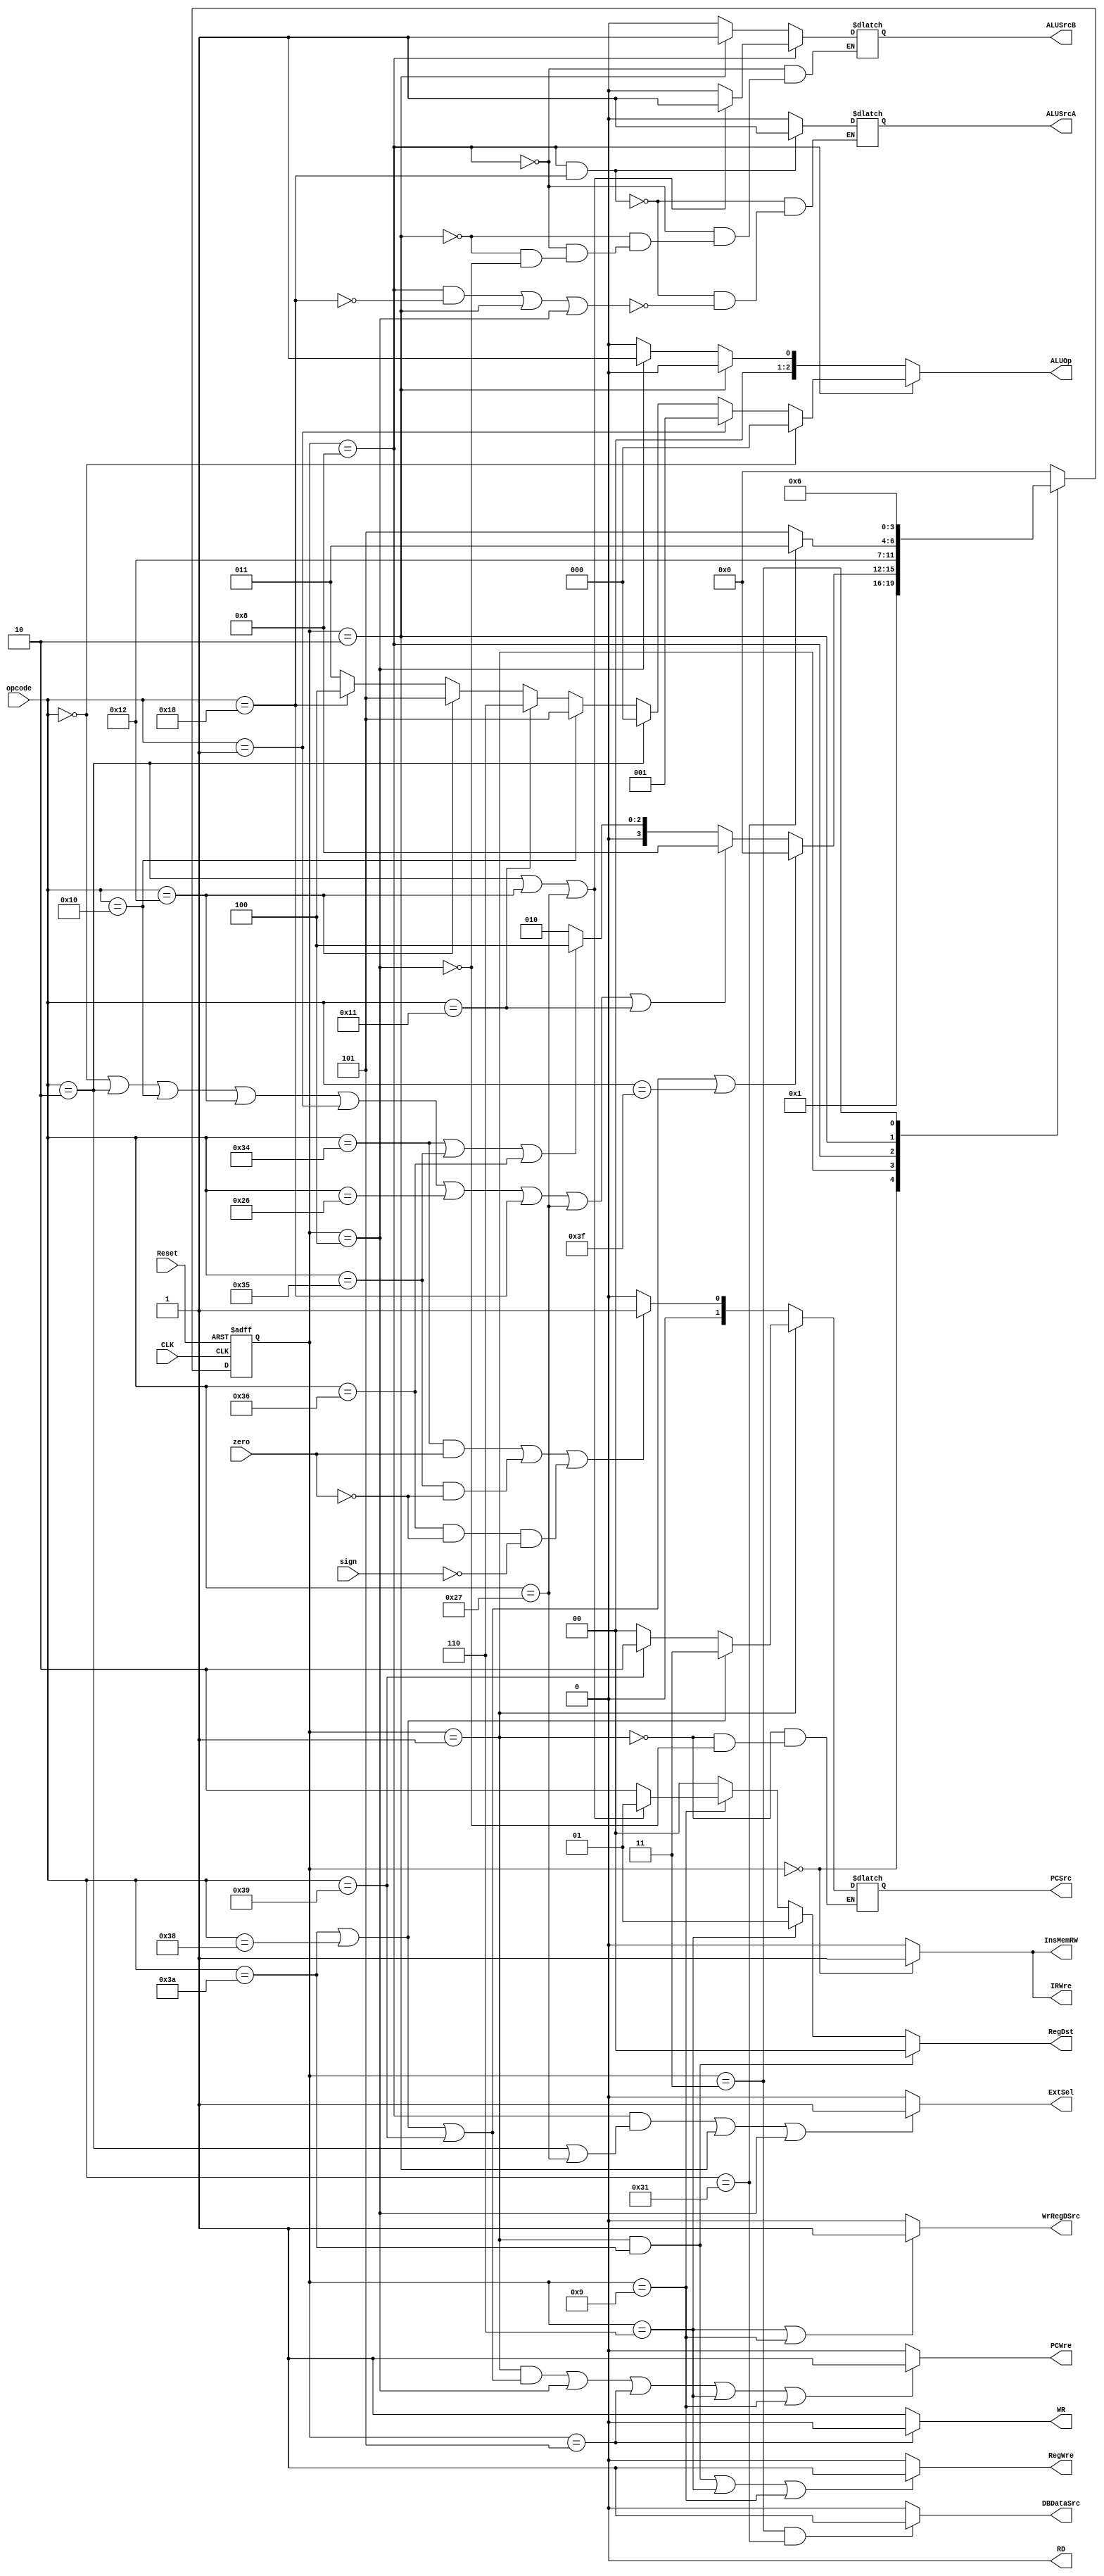
module ControlUnit(
	input wire Reset, sign, zero, CLK,
	input wire [5:0] opcode,
	output reg PCWre, ALUSrcA, ALUSrcB, DBDataSrc, RegWre, 
		WrRegDSrc, InsMemRW, RD, WR, IRWre, ExtSel,
	output reg [1:0] PCSrc, RegDst,
	output reg [2:0] ALUOp
	);

parameter [3:0] sIF = 4'b0000,
                sID = 4'b0001,
                EAL = 4'b1000,
                EBR = 4'b0100,
                ELS = 4'b0010,
                MLD = 4'b0011,
                MST = 4'b0101,
                WAL = 4'b1001,
                WLD = 4'b0110;

reg [3:0] state_now, state_next;

wire addop, subop, addiop, orop, andop, oriop, sllop,
	sltop, sltiop, swop, lwop, beqop, bneop, bgtzop, jop, jrop,
	jalop, haltop;
assign addop = (opcode == 6'b000000);
assign subop = (opcode == 6'b000001);
assign addiop = (opcode == 6'b000010);
assign orop = (opcode == 6'b010000);
assign andop = (opcode == 6'b010001);
assign oriop = (opcode == 6'b010010);
assign sllop = (opcode == 6'b011000);
assign sltop = (opcode == 6'b100110);
assign sltiop = (opcode == 6'b100111);
assign swop = (opcode == 6'b110000);
assign lwop = (opcode == 6'b110001);
assign beqop = (opcode == 6'b110100);
assign bneop = (opcode == 6'b110101);
assign bgtzop = (opcode == 6'b110110);
assign jop = (opcode == 6'b111000);
assign jrop = (opcode == 6'b111001);
assign jalop = (opcode == 6'b111010);
assign haltop = (opcode == 6'b111111);

always @(posedge CLK or posedge Reset) begin
	if(1 == Reset)
		state_now = sIF;
	else 
		state_now = state_next;
end


always @(state_now or opcode) begin
	case(state_now)
		sIF: state_next = sID;
		sID: begin
			if (jop || jalop || jrop || haltop) begin
				state_next = sIF;
			end
			else if (addop || addiop || orop || oriop || subop ||
				sltop || sllop || sltiop || andop) begin
				state_next = EAL;	
			end
			else if (beqop || bneop || bgtzop) begin
				state_next = EBR;
			end
			else begin
				state_next = ELS;
			end
		end
		EAL: begin
			state_next = WAL;
		end
		EBR: begin
			state_next = sIF;
		end
		ELS: begin
			if (lwop) begin
				state_next = MLD;
			end
			else begin
				state_next = MST;
			end
		end
		MLD: begin
			state_next = WLD;
		end
		MST: begin
			state_next = sIF;
		end
		WLD: begin
			state_next = sIF;
		end
		WAL: begin
			state_next = sIF;
		end
		default: begin
			state_next = sIF;
		end
	endcase
end

always @(state_now or opcode or zero or sign) begin
//choose each signal respectively
	//PCWre
	if ((state_now == sID &&  (jalop || jop || jrop)) || state_now == EBR ||
		state_now == MST || state_now == WLD || 
		state_now == WAL)
		PCWre = 1;
	else 
		PCWre = 0;
	//ALUSrcA
	if (state_now == EAL && sllop)
		ALUSrcA = 1;
	else if ((state_now == EAL && !sllop) || state_now == ELS || state_now == EBR)
		ALUSrcA = 0;
	else 
	    ALUSrcA = ALUSrcA;	
	//ALUSrcB
	if (state_now == EAL) begin
	   if (addiop || oriop || sltiop)
	       ALUSrcB = 1;
	   else ALUSrcB = 0;
	end
	else if (state_now == ELS)
	    ALUSrcB = 1;
	else if (state_now == EBR)
	    ALUSrcB = 0;
	else 
		ALUSrcB = ALUSrcB;
	//DBDataSrc
	if (state_now == MLD && lwop)
		DBDataSrc = 1;
	else 
		DBDataSrc = 0;
	//RegWre
	if ((state_now == sID && jalop) || state_now == WLD ||
		state_now == WAL)
		RegWre = 1;
	else 
		RegWre = 0;
	//WrRegDSrc
	if (state_now == WLD || state_now == WAL)
		WrRegDSrc = 1;
	else 
		WrRegDSrc = 0;
	//InsMemRW
	if (state_now == sIF)
		InsMemRW = 1;
	else 
		InsMemRW = 0;
	//RD
	RD = 0;
	//WR
	if (state_now == MST)
		WR = 0;
	else 
		WR = 1;
	//IRWre
	if (state_now == sIF)
		IRWre = 1;
	else 
		IRWre = 0;
	//ExtSel
	if (state_now == EAL && (addiop || sltiop) ||
		state_now == ELS || state_now == EBR)
		ExtSel = 1;
	else 
		ExtSel = 0;
	//PCSrc
	if (state_now == sID) begin
		if (jop || jalop)
			PCSrc = 2'b11;
		else if (jrop)
			PCSrc = 2'b10;
		else 
			PCSrc = 2'b00;
	end
	else if (state_now == EBR) begin
		if ((beqop && zero == 1) || (bneop && zero == 0) || (bgtzop && zero==0 && sign == 0))
			PCSrc = 2'b01;
		else PCSrc = 2'b00;
	end
	//RegDst
	if (state_now == sID && jalop)
		RegDst = 2'b00;
	else if (state_now == WLD)
		RegDst = 2'b01;
	else if (state_now == WAL) begin
		if (addiop || oriop || sltiop)
			RegDst = 2'b01;
		else 
			RegDst = 2'b10;
	end
	else 
		RegDst = 2'b00;
	//ALUOp
	if (state_now == EAL) begin
		if (addop) ALUOp = 3'b000;
		else if (subop) ALUOp = 3'b001;
		else if (addiop) ALUOp = 3'b000;
		else if (orop) ALUOp = 3'b101;
		else if (andop) ALUOp = 3'b110;
		else if (oriop) ALUOp = 3'b101;
		else if (sllop) ALUOp = 3'b100;
		else ALUOp = 3'b011;
	end
	else if (state_now == ELS)
		ALUOp = 3'b000;
	else if (state_now == EBR)
		ALUOp = 3'b001;
	else ALUOp = 3'b000;
end
endmodule